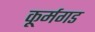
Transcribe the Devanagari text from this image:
कूर्मगड